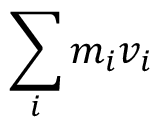
\, \! \sum _ { i } m _ { i } v _ { i }